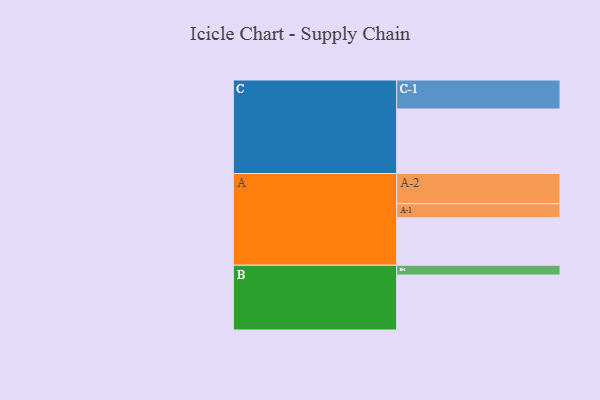
{"axis": {"x": "Segment", "y": "Value"}, "legend": ["", "A", "B", "C"], "data": [{"x": "A", "y": 393, "type": ""}, {"x": "B", "y": 455, "type": ""}, {"x": "C", "y": 534, "type": ""}, {"x": "A-1", "y": 116, "type": "A"}, {"x": "A-2", "y": 250, "type": "A"}, {"x": "B-1", "y": 81, "type": "B"}, {"x": "C-1", "y": 240, "type": "C"}]}